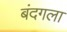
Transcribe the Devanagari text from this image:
बंदगला